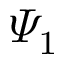
{ { \varPsi } _ { 1 } }